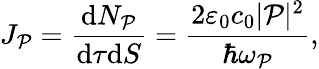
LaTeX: J_{\mathcal{P}}=\frac{\mathrm{d}N_{\mathcal{P}}}{\mathrm{d}\tau\mathrm{d}S}=\frac{2\varepsilon_{0}c_{0}|\mathcal{P}|^{2}}{\hbar\omega_{\mathcal{P}}},